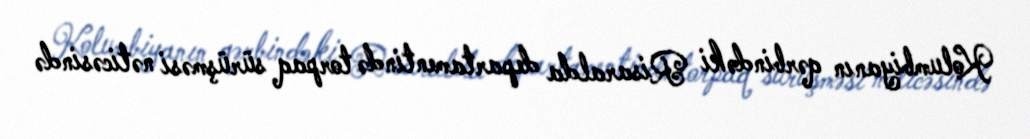
Kolumbiyanın qərbindəki Risaralda departamentində torpaq sürüşməsi nəticəsində